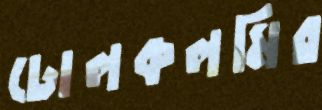
ঢোলকলমির